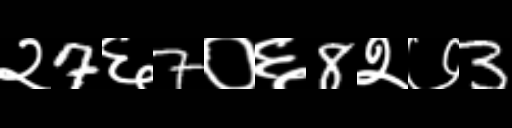
Text: २7६7०६8२७3